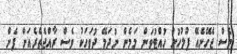
ވެސް ޖެހޭނެއޭ ފުލުހުން ހުުއްޓުވަން މަމެން ނުދަމޭ ދުވަހަކު ވެސް ރާއްޖެތެރެއަށް ފެން